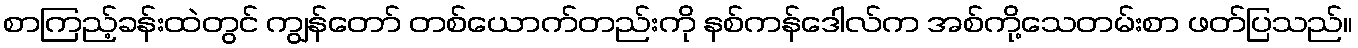
စာကြည့်ခန်းထဲတွင် ကျွန်တော် တစ်ယောက်တည်းကို နစ်ကန်ဒေါလ်က အစ်ကို့သေတမ်းစာ ဖတ်ပြသည်။